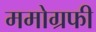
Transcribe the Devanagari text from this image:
ममोग्रफी